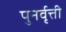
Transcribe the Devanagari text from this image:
पुनर्वृत्ती